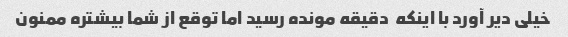
خیلی دیر آورد با اینکه  دقیقه مونده رسید اما توقع از شما بیشتره ممنون